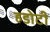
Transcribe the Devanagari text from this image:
हडोटी